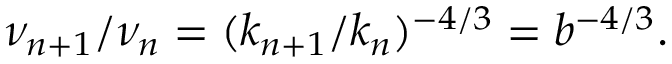
\nu _ { n + 1 } / \nu _ { n } = ( k _ { n + 1 } / k _ { n } ) ^ { - 4 / 3 } = b ^ { - 4 / 3 } .